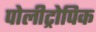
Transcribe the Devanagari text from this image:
पोलीट्रोपिक